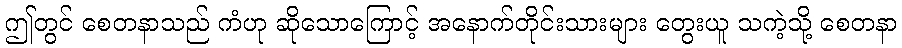
ဤတွင် စေတနာသည် ကံဟု ဆိုသောကြောင့် အနောက်တိုင်းသားများ တွေးယူ သကဲ့သို့ စေတနာ